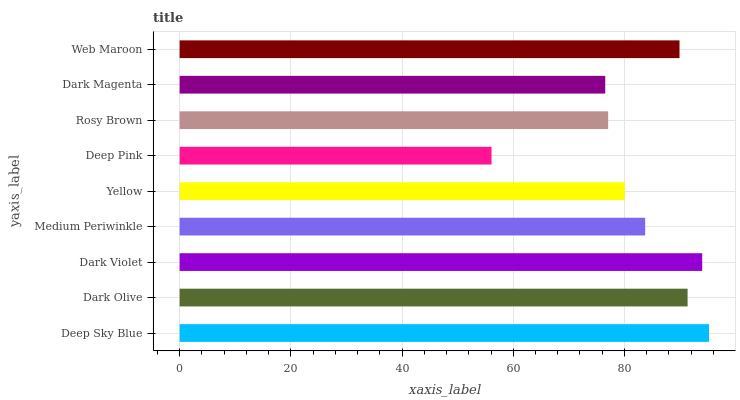
| yaxis_label | bars |
 | --- | --- |
 | Deep Sky Blue | 95.2 |
 | Dark Olive | 91.4 |
 | Dark Violet | 94 |
 | Medium Periwinkle | 83.7 |
 | Yellow | 80.1 |
 | Deep Pink | 56.1 |
 | Rosy Brown | 77.1 |
 | Dark Magenta | 76.5 |
 | Web Maroon | 89.9 |